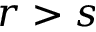
r > s